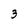
Character: 3